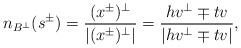
LaTeX: \begin{align*} n_{B^{\perp}}(s^{\pm})=\frac{(x^{\pm})^{\perp}}{|(x^{\pm})^{\perp}|}=\frac{hv^{\perp} \mp t v}{|hv^{\perp} \mp t v|},\end{align*}